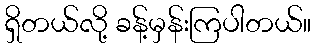
ရှိတယ်လို့ ခန့်မှန်းကြပါတယ်။